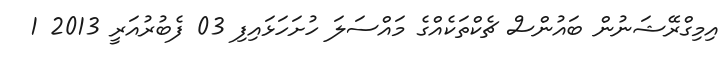
އިމިގްރޭޝަނުން ބައުންސް ޗެކްތަކެއްގެ މައްސަލަ ހުށަހަޅައިފި 03 ފެބުރުއަރީ 2013 1